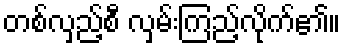
တစ်လှည့်စီ လှမ်းကြည့်လိုက်၏။